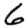
Digit: 6